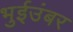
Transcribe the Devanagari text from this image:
भुईउंबर